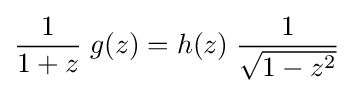
{\frac {1}{1+z}}\;g(z)=h(z)\;{\frac {1}{\sqrt {1-z^{2}}}}